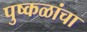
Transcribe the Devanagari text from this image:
पुष्कळांचा